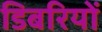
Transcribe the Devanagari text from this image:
डिबरियों